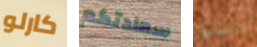
كارلو سعادتكم رباط